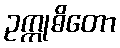
ဥက္ကုဓိတော